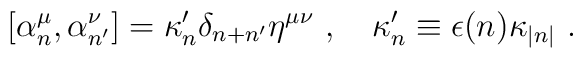
\lbrack \alpha _{n}^{\mu },\alpha _{n^{\prime }}^{\nu }]=\kappa _{n}^{\prime}\delta _{n+n^{\prime }}\eta ^{\mu \nu }\,\,,\quad \kappa _{n}^{\prime}\equiv \epsilon (n)\kappa _{|n|}\,\,.